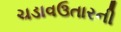
ચડાવઉતારની